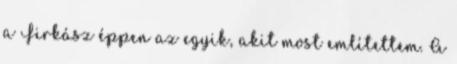
a Firkász éppen az egyik, akit most említettem. A